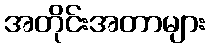
အတိုင်းအတာများ